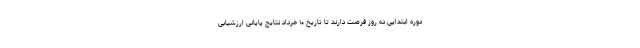
دوره ابتدایی ده روز فرصت دارند تا تاریخ ۱۰ خرداد نتایج پایانی ارزشیابی